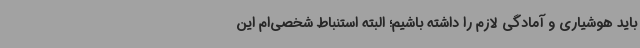
باید هوشیاری و آمادگی لازم را داشته باشیم؛ البته استنباط شخصی‌ام این